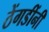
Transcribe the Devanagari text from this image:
ठेंगडींनी